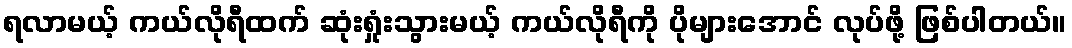
ရလာမယ့် ကယ်လိုရီထက် ဆုံးရှုံးသွားမယ့် ကယ်လိုရီကို ပိုများအောင် လုပ်ဖို့ ဖြစ်ပါတယ်။